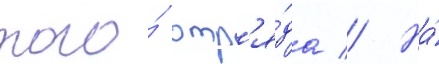
того́ отр'я́да // На́